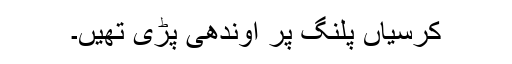
کرسیاں پلنگ پر اوندھی پڑی تھیں۔